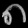
Digit: ၈